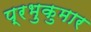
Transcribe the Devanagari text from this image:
प्रभुकुमार